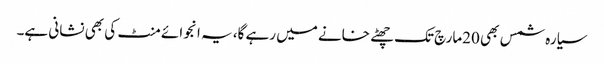
سیارہ شمس بھی 20مارچ تک چھٹے خانے میں رہے گا، یہ انجوائے منٹ کی بھی نشانی ہے۔